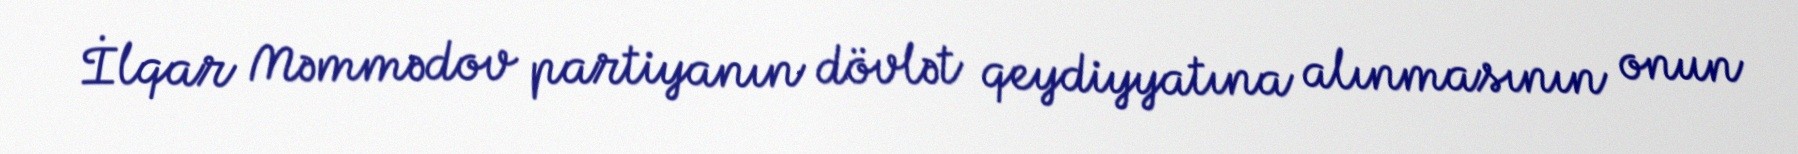
İlqar Məmmədov partiyanın dövlət qeydiyyatına alınmasının onun